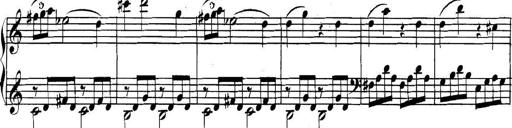
Title: Collected Piano Sonatas
Composer: Muzio Clementi